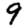
Digit: 9